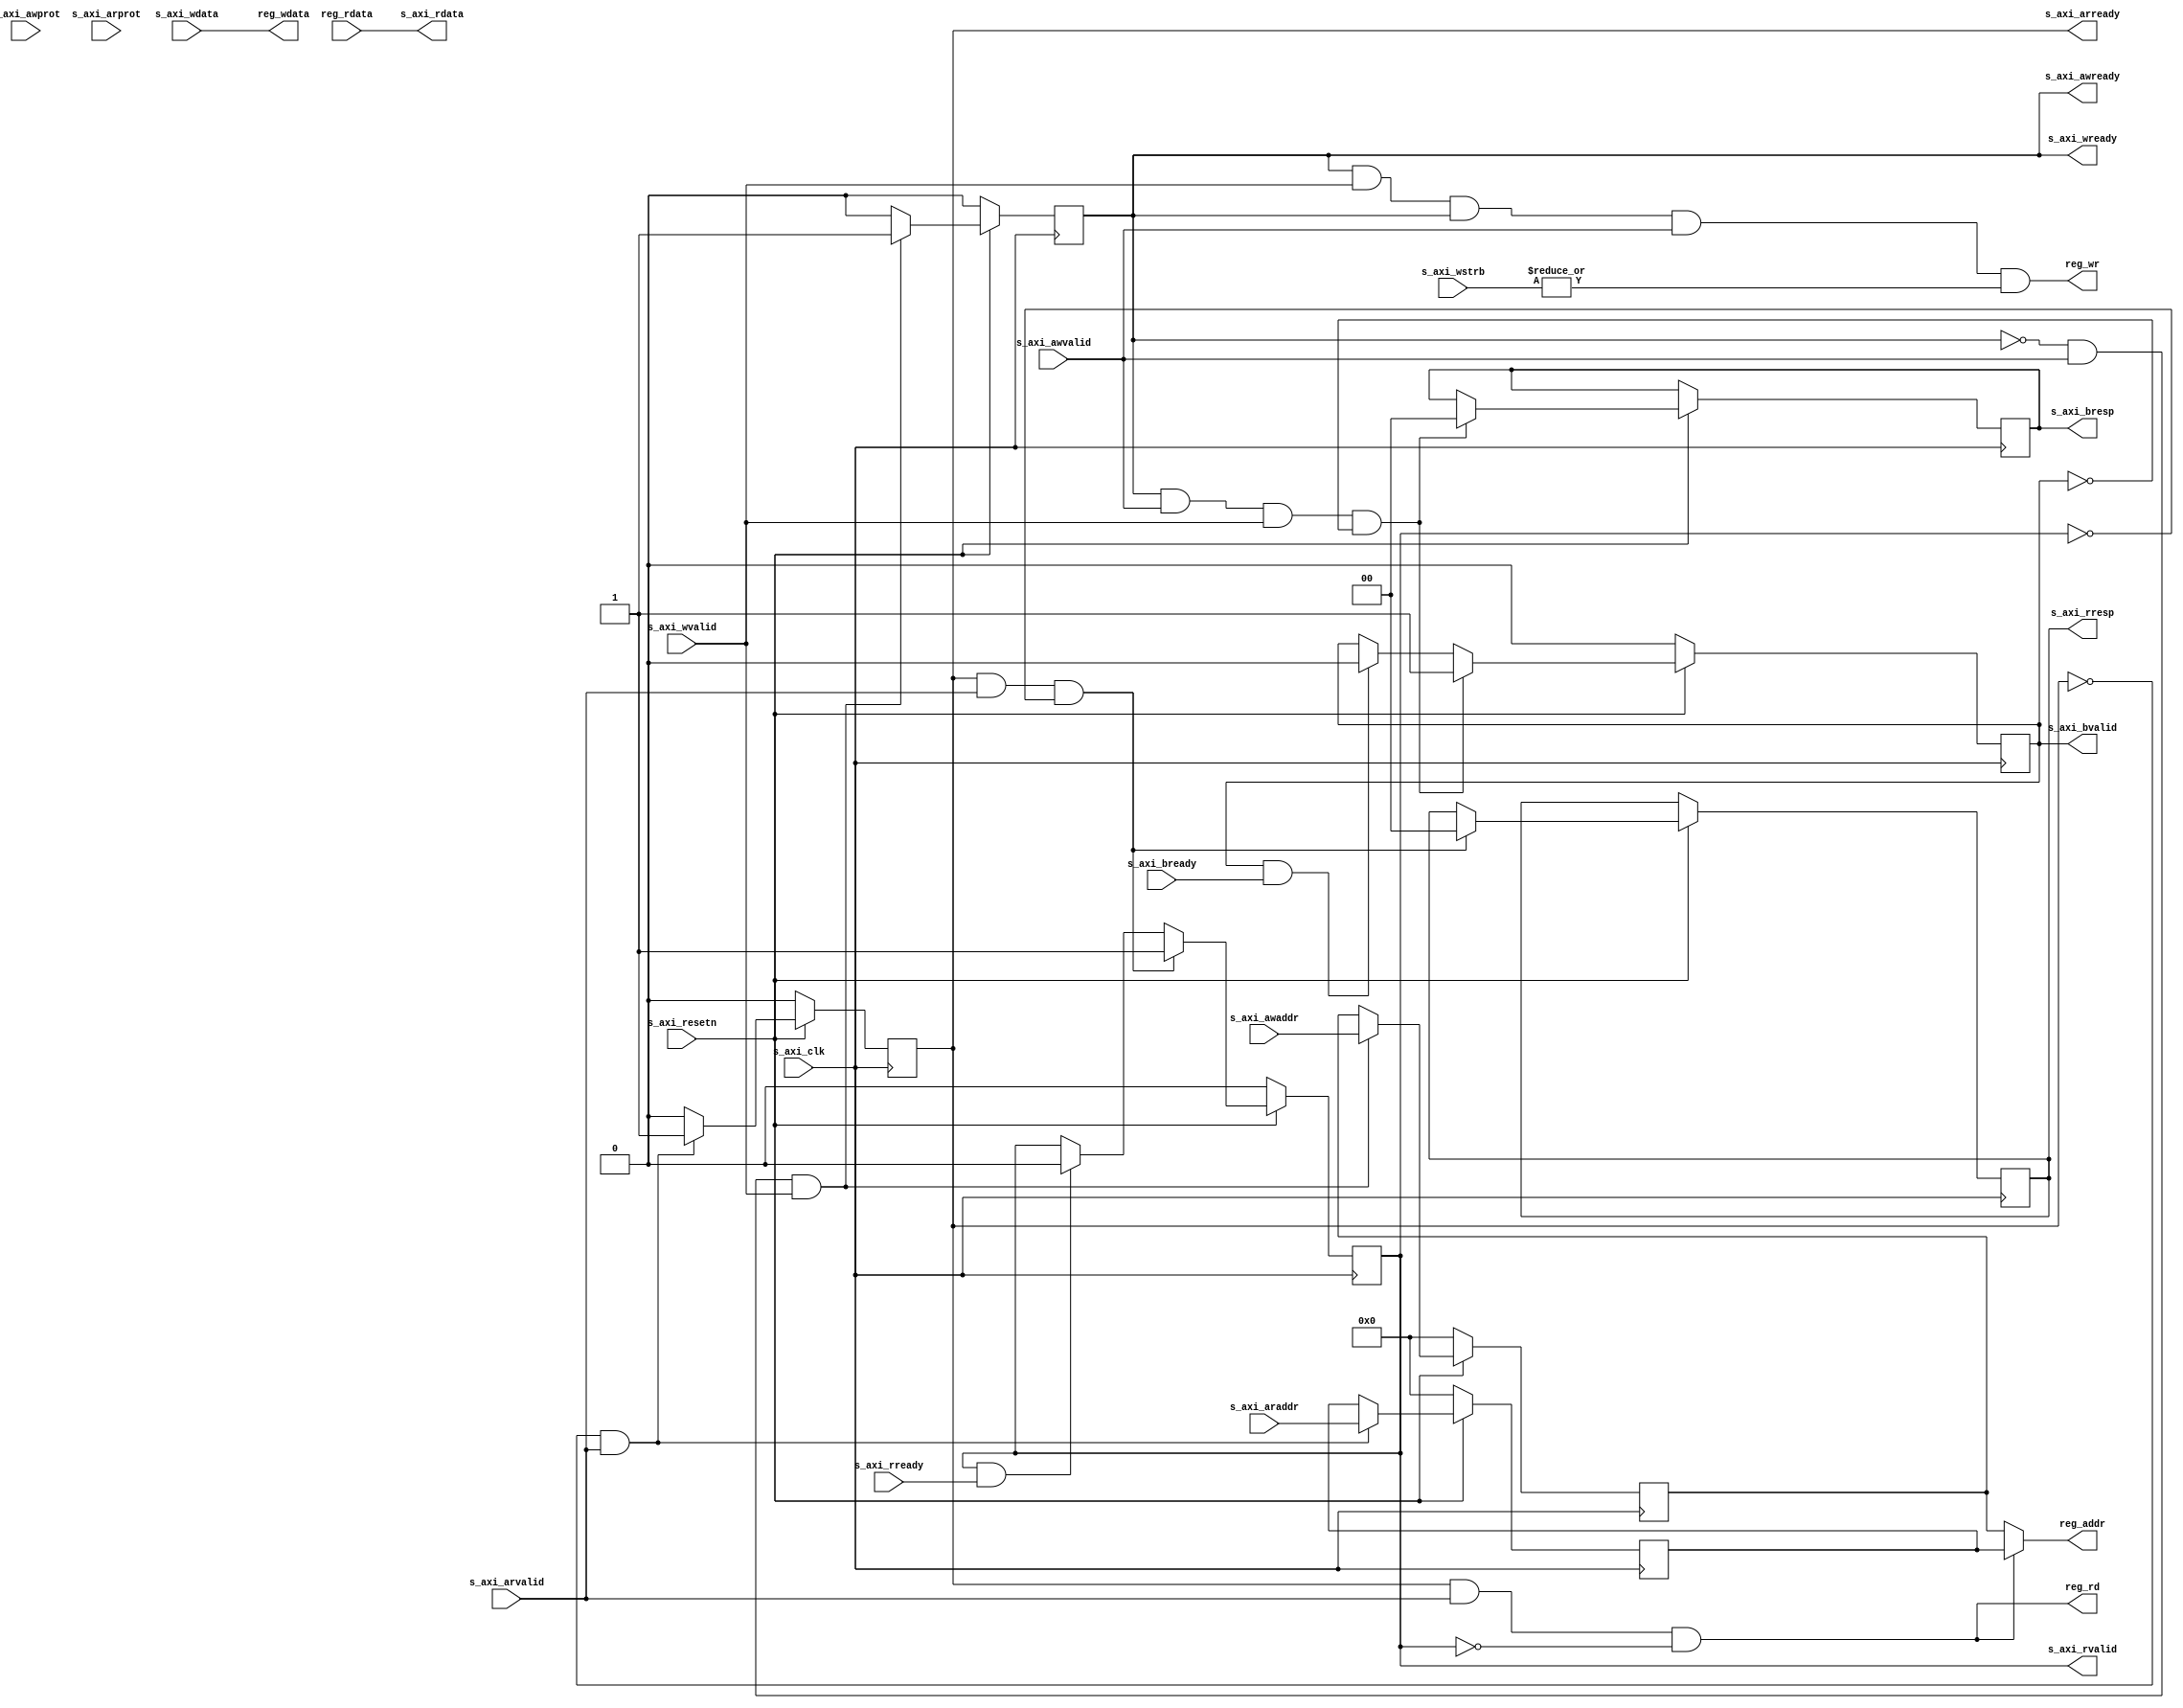
//
//

module axi4lite_ctrl (
//user part
    output  [31:0] reg_addr  ,
    output  [31:0] reg_wdata ,
    output         reg_wr    ,
    input   [31:0] reg_rdata ,
    output         reg_rd    ,

//AXI interface
    input  [31:0] s_axi_awaddr  ,
    input  [2:0]  s_axi_awprot  ,
    output        s_axi_awready ,
    input         s_axi_awvalid ,
    input  [31:0] s_axi_wdata   ,
    input  [3:0]  s_axi_wstrb   ,
    input         s_axi_wvalid  ,
    output        s_axi_wready  ,
    output [1:0]  s_axi_bresp   ,
    output        s_axi_bvalid  ,
    input         s_axi_bready  ,

    input  [31:0] s_axi_araddr  ,
    input  [2:0]  s_axi_arprot  ,
    output        s_axi_arready ,
    input         s_axi_arvalid ,
    output [31:0] s_axi_rdata   ,
    output        s_axi_rvalid  ,
    output [1:0]  s_axi_rresp   ,
    input         s_axi_rready  ,

    input s_axi_resetn,
    input s_axi_clk
);


reg        axi_awready = 1'b0;
reg [31:0] axi_awaddr = 0;
reg        axi_wready = 1'b0;
reg        axi_bvalid = 1'b0;
reg [1:0]  axi_bresp = 0;

reg        axi_arready = 1'b0;
reg [31:0] axi_araddr = 0;
reg [31:0] axi_rdata = 0;
reg [1:0]  axi_rresp = 0;
reg        axi_rvalid = 1'b0;

wire reg_rd_int;


//----------------------------------------
//AXI interface
//----------------------------------------
//axi write
always @(posedge s_axi_clk) begin
    if (!s_axi_resetn) begin
        axi_awready <= 1'b0;
        axi_wready <= 1'b0;
        axi_bvalid <= 1'b0;
        axi_awaddr <= 0;
    end else begin
        if ((!axi_awready) && (s_axi_awvalid) && (s_axi_wvalid)) begin
            axi_awready <= 1'b1;
            axi_awaddr <= s_axi_awaddr;
            axi_wready <= 1'b1;
        end else begin
            axi_awready <= 1'b0;
            axi_wready <= 1'b0;
        end

        if ((axi_awready) && (s_axi_awvalid) && (s_axi_wvalid) && (!axi_bvalid)) begin
            axi_bvalid <= 1'b1;
            axi_bresp  <= 0; //'OKAY' response
        end else begin
            if ((axi_bvalid) && (s_axi_bready)) begin
                axi_bvalid <= 1'b0;
            end
        end
    end
end

assign s_axi_awready = axi_awready;
assign s_axi_wready  = axi_wready;
assign s_axi_bresp   = axi_bresp;
assign s_axi_bvalid  = axi_bvalid;

//axi read
always @(posedge s_axi_clk) begin
    if (!s_axi_resetn) begin
        axi_arready <= 1'b0;
        axi_rvalid <= 1'b0;
        axi_araddr <= 0;
    end else begin
        if ((!axi_arready) && (s_axi_arvalid)) begin
            axi_arready <= 1'b1;
            axi_araddr  <= s_axi_araddr;
        end else begin
            axi_arready <= 1'b0;
        end

        if ((axi_arready) && (s_axi_arvalid) && (!axi_rvalid)) begin
            axi_rvalid <= 1'b1;
            axi_rresp  <= 0; //'OKAY' response
        end else begin
            if ((axi_rvalid) && (s_axi_rready)) begin
                axi_rvalid <= 1'b0;
            end
        end
    end
end

assign s_axi_arready = axi_arready;
assign s_axi_rdata   = reg_rdata;
assign s_axi_rresp   = axi_rresp;
assign s_axi_rvalid  = axi_rvalid;


assign reg_addr = (reg_rd_int) ? axi_araddr : axi_awaddr;
assign reg_wdata = s_axi_wdata;
assign reg_wr = (axi_wready & s_axi_wvalid & axi_awready & s_axi_awvalid & |s_axi_wstrb);
assign reg_rd = reg_rd_int;
assign reg_rd_int = (axi_arready & s_axi_arvalid & ~axi_rvalid);


endmodule